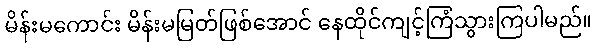
မိန်းမကောင်း မိန်းမမြတ်ဖြစ်အောင် နေထိုင်ကျင့်ကြံသွားကြပါမည်။